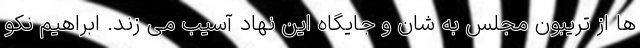
ها از تریبون مجلس به شان و جایگاه این نهاد آسیب می زند. ابراهیم نکو